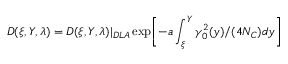
D ( \xi , Y , \lambda ) = D ( \xi , Y , \lambda ) | _ { D L A } \exp \biggl [ - a \int _ { \xi } ^ { Y } \gamma _ { 0 } ^ { 2 } ( y ) / ( 4 N _ { C } ) d y \biggr ]